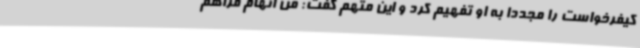
کیفرخواست را مجددا به او تفهیم کرد و این متهم گفت: من اتهام فراهم